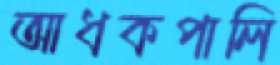
আধকপালি